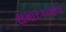
સમારકામનો